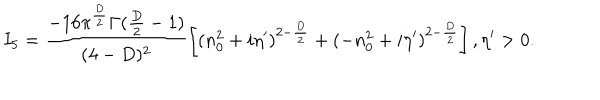
I _ { 5 } = \frac { - 1 6 \pi ^ { \frac { D } { 2 } } \Gamma ( \frac { D } { 2 } - 1 ) } { ( 4 - D ) ^ { 2 } } \left[ ( n _ { 0 } ^ { 2 } + i \eta ^ { \prime } ) ^ { 2 - \frac { D } { 2 } } + ( - n _ { 0 } ^ { 2 } + i \eta ^ { \prime } ) ^ { 2 - \frac { D } { 2 } } \right] , \eta ^ { \prime } > 0 .